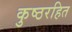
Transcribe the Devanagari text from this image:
कुष्ठरहित